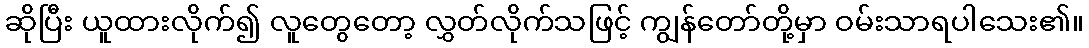
ဆိုပြီး ယူထားလိုက်၍ လူတွေတော့ လွှတ်လိုက်သဖြင့် ကျွန်တော်တို့မှာ ဝမ်းသာရပါသေး၏။